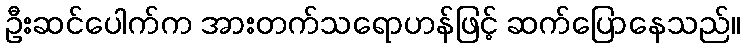
ဦးဆင်ပေါက်က အားတက်သရောဟန်ဖြင့် ဆက်ပြောနေသည်။